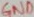
Text: GND